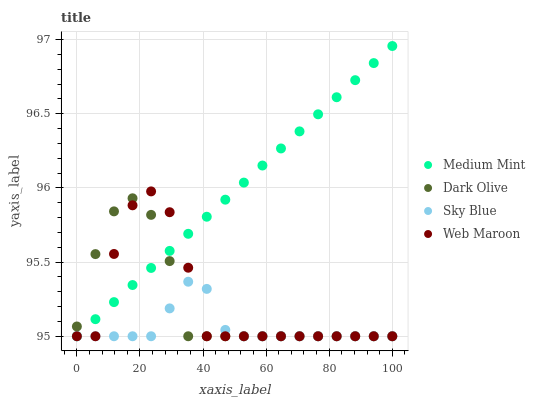
| xaxis_label | Medium Mint | Dark Olive | Sky Blue | Web Maroon |
 | --- | --- | --- | --- | --- |
 | 0 | 95 | 95.1 | 95 | 95 |
 | 5.88 | 95.1 | 95.6 | 95 | 95 |
 | 11.8 | 95.2 | 95.8 | 95 | 95.6 |
 | 17.6 | 95.3 | 95.9 | 95 | 95.9 |
 | 23.5 | 95.5 | 95.8 | 95 | 96 |
 | 29.4 | 95.6 | 95.5 | 95.2 | 95.8 |
 | 35.3 | 95.7 | 95 | 95.4 | 95.5 |
 | 41.2 | 95.8 | 95 | 95.3 | 95 |
 | 47.1 | 95.9 | 95 | 95 | 95 |
 | 52.9 | 96 | 95 | 95 | 95 |
 | 58.8 | 96.2 | 95 | 95 | 95 |
 | 64.7 | 96.3 | 95 | 95 | 95 |
 | 70.6 | 96.4 | 95 | 95 | 95 |
 | 76.5 | 96.5 | 95 | 95 | 95 |
 | 82.4 | 96.6 | 95 | 95 | 95 |
 | 88.2 | 96.7 | 95 | 95 | 95 |
 | 94.1 | 96.8 | 95 | 95 | 95 |
 | 100 | 97 | 95 | 95 | 95 |